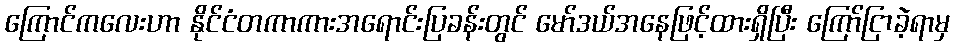
ကြောင်ကလေးဟာ နိုင်ငံတကာကားအရောင်းပြခန်းတွင် မော်ဒယ်အနေဖြင့်ထားရှိပြီး ကြော်ငြာခဲ့ရာမှ